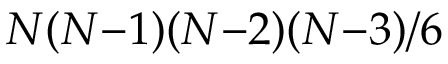
N ( N { - } 1 ) ( N { - } 2 ) ( N { - } 3 ) / 6